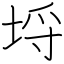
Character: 埒